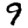
Digit: 9